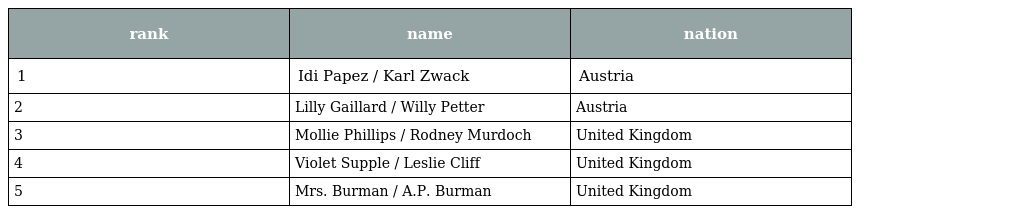
| rank | name | nation |
 | --- | --- | --- |
 | 1 | Idi Papez / Karl Zwack | Austria |
 | 2 | Lilly Gaillard / Willy Petter | Austria |
 | 3 | Mollie Phillips / Rodney Murdoch | United Kingdom |
 | 4 | Violet Supple / Leslie Cliff | United Kingdom |
 | 5 | Mrs. Burman / A.P. Burman | United Kingdom |